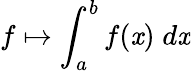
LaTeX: f\mapsto\int_{a}^{b}f(\mathit{x})\; d\mathit{x}